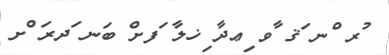
ުރ ްނ ަޤ ާވ ިޢދާ ިޚލާ ަފށް ބަނ ަދރަ ްށ